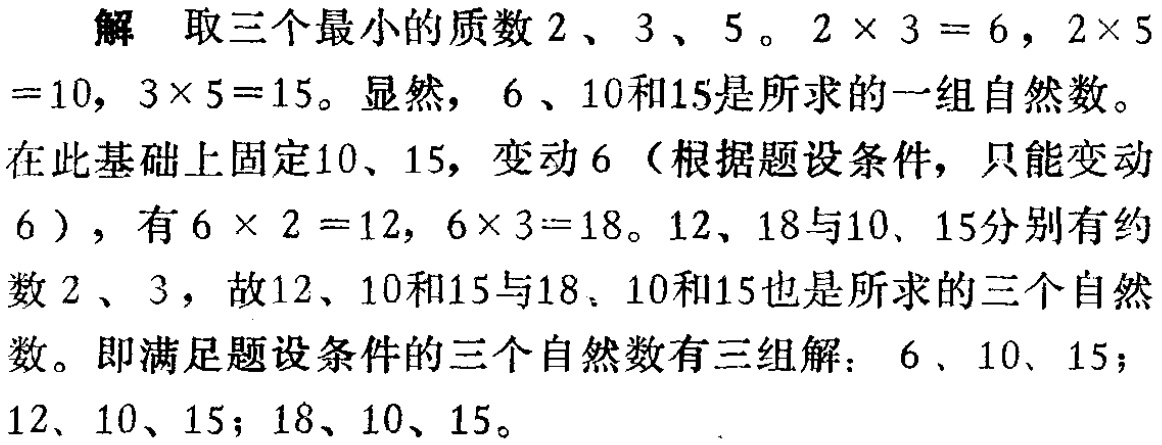
解 取三个最小的质数 \(2\)、\(3\)、\(5\)。\(2\times 3 = 6\)，\(2\times 5=10\)，\(3\times 5 = 15\)。显然，\(6\)、\(10\)和\(15\)是所求的一组自然数。

在此基础上固定\(10\)、\(15\)，变动\(6\)（根据题设条件，只能变动\(6\)），有\(6\times 2 =12\)，\(6\times 3 = 18\)。\(12\)、\(18\)与\(10\)、\(15\)分别有约数\(2\)、\(3\)，故\(12\)、\(10\)和\(15\)与\(18\)、\(10\)和\(15\)也是所求的三个自然数。即满足题设条件的三个自然数有三组解：\(6\)、\(10\)、\(15\)；\(12\)、\(10\)、\(15\)；\(18\)、\(10\)、\(15\)。